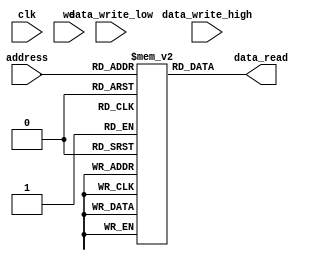
module memory
    #(parameter data_width = 16,
      parameter addr_width = 16)
     (input  [addr_width-1:0] address,
      input  [data_width-1:0] data_write_high,
      input  [data_width-1:0] data_write_low,
      input                   clk,
      input                   we,
      //output reg [data_width-1:0] data_read_high,
      output reg [data_width-1:0] data_read);

    reg [data_width-1:0] mem [0:(2**addr_width)-1];

/*    always @(posedge clk) begin : write_proc
        if (we == 1)begin
            mem[address] = data_write_high;
            mem[address+1] = data_write_low;
        end
    end
*/

    always @(*) begin : read_proc
        data_read = mem[address];
        //data_read_low = mem[address+1];
    end

endmodule